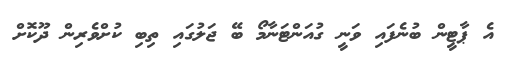
އެ ޕާޓީން ބުނެފައި ވަނީ ގުއަންޓަނާމޯ ބޭ ޖަލުގައި ތިބި ކުށްވެރިން ދޫކޮށް